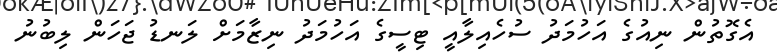
އެގޮތުން ނިއުގެ އަހުމަދު ސުހެއިލާއީ ޓިސީގެ އަހުމަދު ނިޒާމަށް ލަނޑު ޖަހަން ލިބުނު